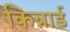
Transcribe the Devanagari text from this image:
किन्नार्ड